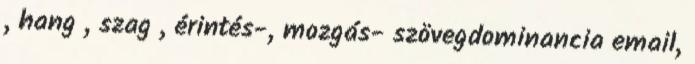
, hang , szag , érintés-, mozgás- szövegdominancia email,